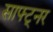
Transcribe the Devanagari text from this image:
साफ्ट्नर